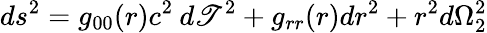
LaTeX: ds^{2}=g_{00}(r)c^{2}\: d\mathscr{T}^{2}+g_{rr}(r)dr^{2}+r^{2}d\Omega_{2}^{2}